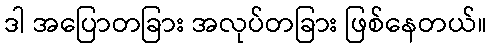
ဒါ အပြောတခြား အလုပ်တခြား ဖြစ်နေတယ်။